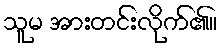
သူမ အားတင်းလိုက်၏။